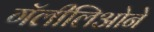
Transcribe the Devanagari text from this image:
गॅलीलिओने